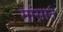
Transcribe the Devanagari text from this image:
मांसात